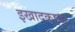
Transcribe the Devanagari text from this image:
इखाद्कावर